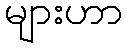
များဟာ